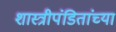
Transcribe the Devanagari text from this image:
शास्त्रीपंडितांच्या